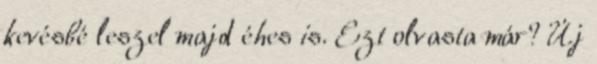
kevésbé leszel majd éhes is. Ezt olvasta már? Új